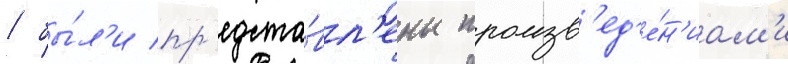
/ бы́л'и пр'едста́вл'ены произв'ед'е́н'иам'и